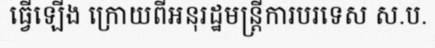
ធ្វើឡើង ក្រោយពីអនុរដ្ឋមន្ត្រីការបរទេស ស.ប.